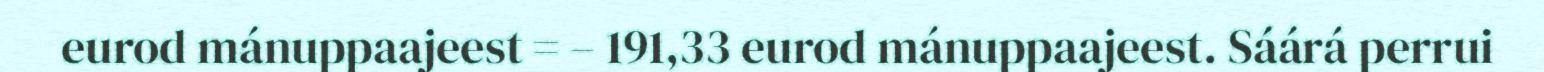
eurod mánuppaajeest = – 191,33 eurod mánuppaajeest. Sáárá perrui